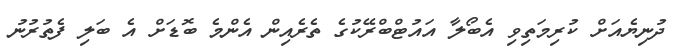
ދުނިޔެއަށް ކުރިމަތިވި އެބޯލާ އައުޓްބްރޭކުގެ ތެރެއިން އެންމެ ބޮޑަށް އެ ބަލި ފެތުރުނު